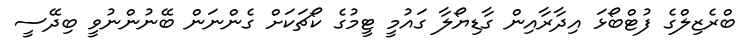
ބްރެޒިލްގެ ފުޓްބޯޅަ އިދާރާއިން ގާޑިޔޯލާ ގައުމީ ޓީމުގެ ކޯޗަކަށް ގެންނަން ބޭނުންނުވީ ބިދޭސީ